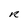
Character: R